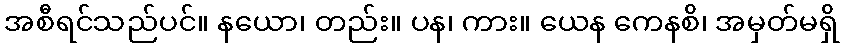
အစီရင်သည်ပင်။ နယော၊ တည်း။ ပန၊ ကား။ ယေန ကေနစိ၊ အမှတ်မရှိ